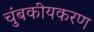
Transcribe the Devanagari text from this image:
चुंबकीयकरण